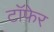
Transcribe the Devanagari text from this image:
टाॅफेर